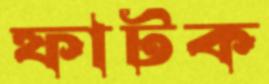
ফাটক